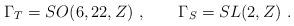
LaTeX: \begin{align*}\Gamma_T = SO(6,22,Z)\ , \qquad\Gamma_S = SL(2,Z) \ .\end{align*}